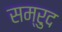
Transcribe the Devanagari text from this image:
सम्रुद